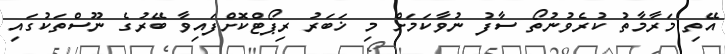
އޭތި މަރާމާތު ކުރެވުނުތޯ ސާފު ނުވާކަމަށް މި ޚަބަރު ރިޕޯޓްކޮށްފައިވާ ބޭރުގެ ނޫސްތަކުގައި